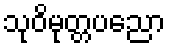
သုဝိမုတ္တပညော